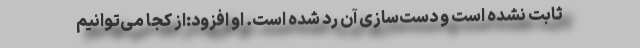
ثابت نشده است و دست‌سازی آن رد شده است. او افزود:از کجا می‌توانیم